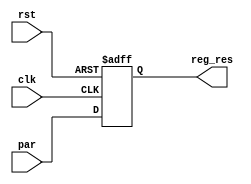
module Register(input [31:0] par, input clk, input rst, output reg [31:0] reg_res);
    
    
    
    always @(posedge clk , posedge rst) begin
        if(rst)
            reg_res <= {32{1'b0}};
        else
            reg_res <= par;
    end

endmodule